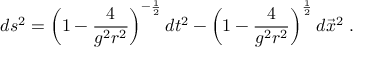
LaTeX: d s ^ { 2 } = \left( 1 - { \frac { 4 } { g ^ { 2 } r ^ { 2 } } } \right) ^ { - { \frac { 1 } { 2 } } } d t ^ { 2 } - \left( 1 - { \frac { 4 } { g ^ { 2 } r ^ { 2 } } } \right) ^ { \frac { 1 } { 2 } } d \vec { x } ^ { 2 } \ .